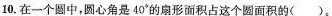
10.在一个圆中，圆心角是40°的扇形面积占这个圆面积的()